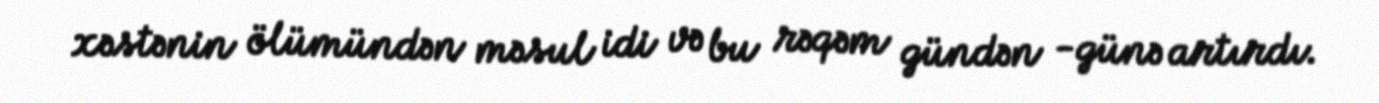
xəstənin ölümündən məsul idi və bu rəqəm gündən -günə artırdı.